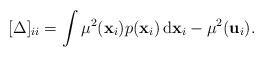
LaTeX: \begin{align*}[\Delta]_{ii}=\int\mu^{2}(\mathbf{x}_{i})p(\mathbf{x}_{i})\,\mathrm{d}\mathbf{x}_{i}-\mu^{2}(\mathbf{u}_{i}).\end{align*}